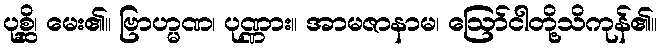
ပုစ္ဆိ၊ မေး၏။ ဗြာဟ္မဏ၊ ပုဏ္ဏား။ အာမဇာနာမ၊ ဩော်ငါတို့သိကုန်၏။